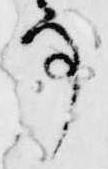
事